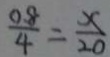
\frac { 0 . 8 } { 4 } = \frac { x } { 2 0 }